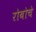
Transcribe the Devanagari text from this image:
रोबोचे